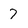
Character: 7